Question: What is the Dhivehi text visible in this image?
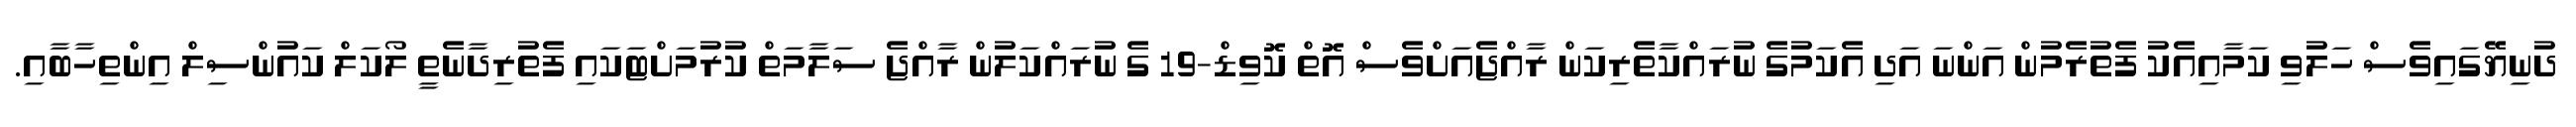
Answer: ދުނިޔޭގައިވެސް ހަލުވި ކަމާއިއެކު ފެތުރެމުން އަންނަ އަދި އެކަމުގެ ނުރައްކާތެރިކަން ރާއްޖެއަށްވެސް އޮތް ކޮވިޑް-19 ގެ ނުރައްކަލުން ރާއްޖެ ސަލާމަތް ކުރުމަށްޓަކައި ފެތުރިދާނެތީ ލޯކަލް ކައުންސިލް އިންތިހާބާއި.